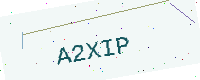
Text: A2XIP